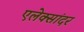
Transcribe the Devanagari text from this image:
एलेक्सांदर